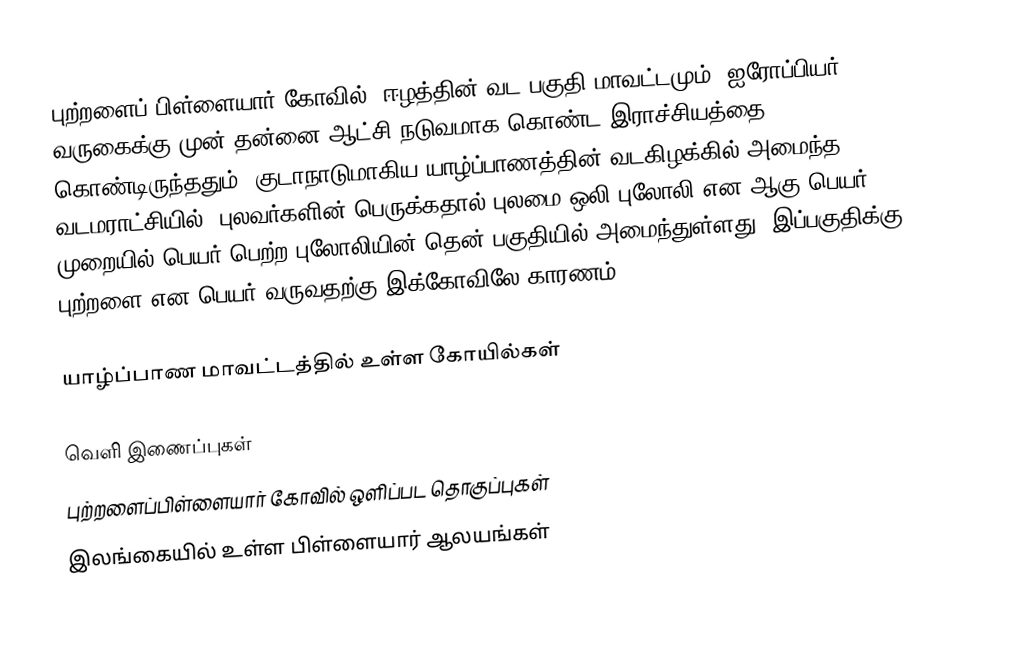
புற்றளைப் பிள்ளையார் கோவில்,  ஈழத்தின் வட பகுதி மாவட்டமும்,  ஐரோப்பியர் வருகைக்கு முன் தன்னை ஆட்சி நடுவமாக கொண்ட இராச்சியத்தை கொண்டிருந்ததும்,  குடாநாடுமாகிய யாழ்ப்பாணத்தின் வடகிழக்கில் அமைந்த வடமராட்சியில்,  புலவர்களின் பெருக்கதால் புலமை+ஒலி=புலோலி என ஆகு பெயர் முறையில் பெயர் பெற்ற புலோலியின் தென் பகுதியில் அமைந்துள்ளது. இப்பகுதிக்கு புற்றளை என பெயர் வருவதற்கு இக்கோவிலே காரணம்.

யாழ்ப்பாண மாவட்டத்தில் உள்ள கோயில்கள்

வெளி இணைப்புகள்
 புற்றளைப்பிள்ளையார் கோவில் ஒளிப்பட தொகுப்புகள்
இலங்கையில் உள்ள பிள்ளையார் ஆலயங்கள்